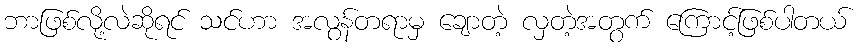
ဘာဖြစ်လို့လဲဆိုရင် သင်ဟာ အလွန်တရာမှ ချောတဲ့ လှတဲ့အတွက် ကြောင့်ဖြစ်ပါတယ်